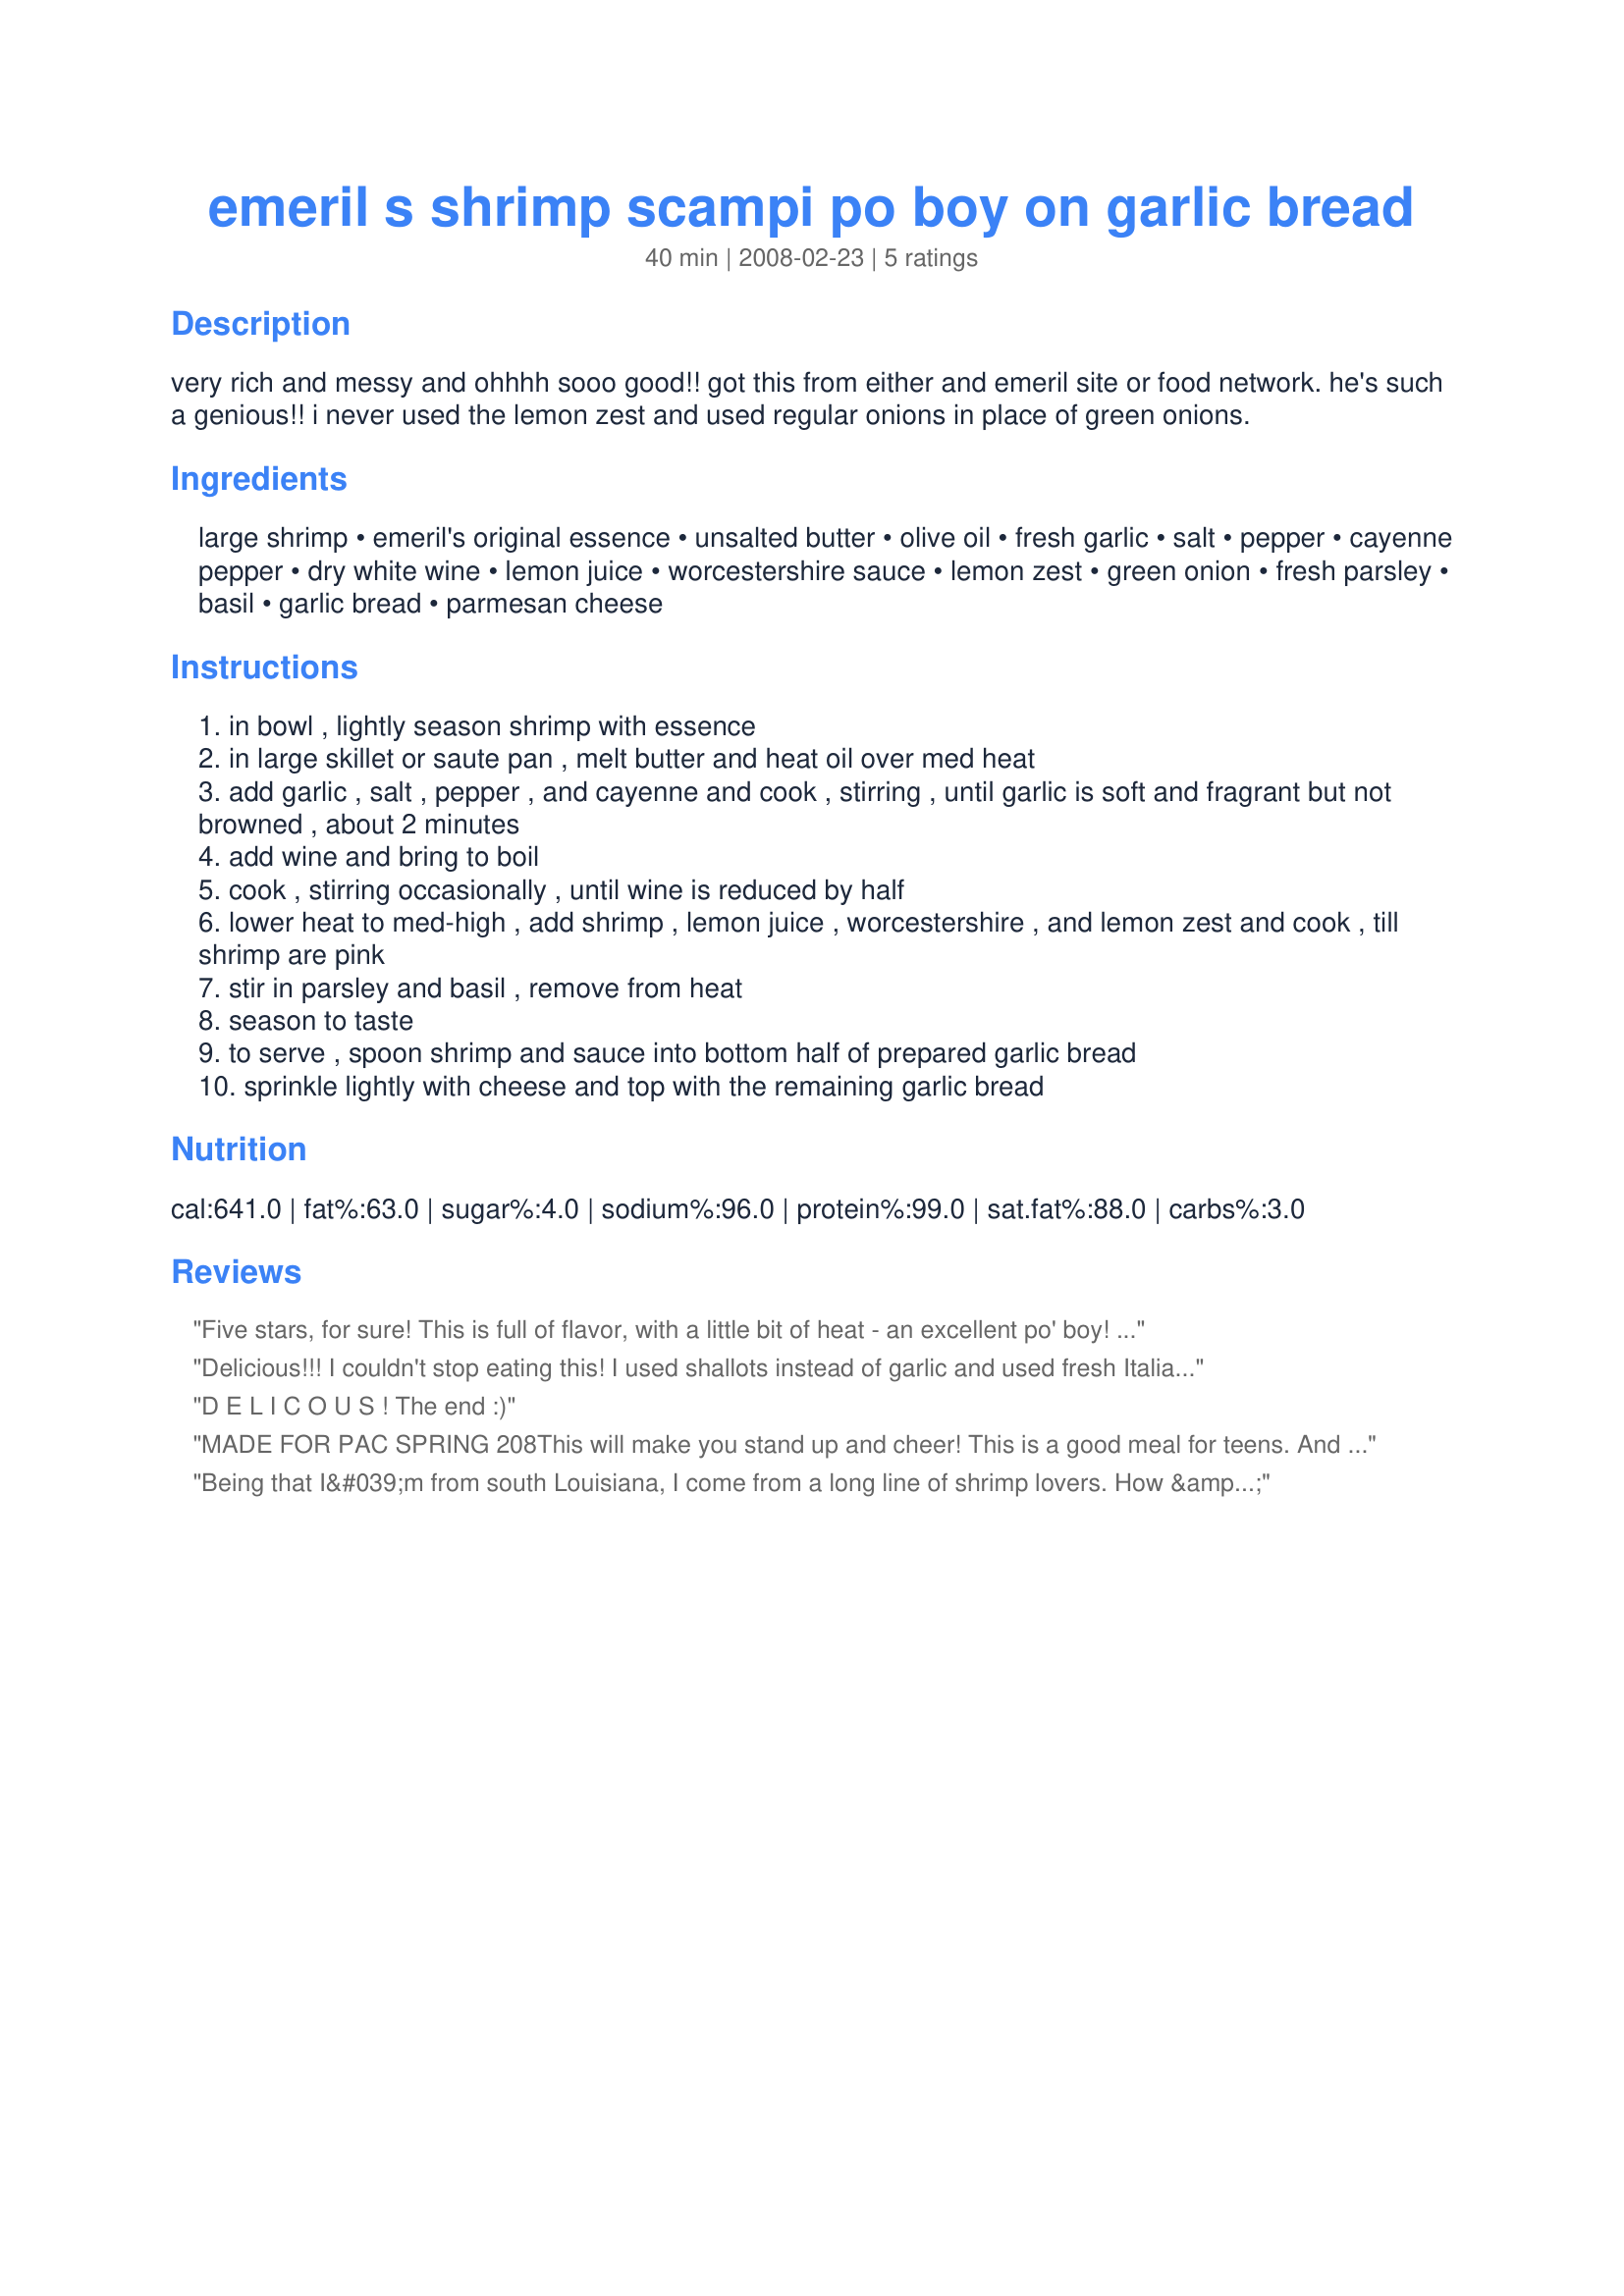
emeril s shrimp scampi po boy on garlic bread
Preparation time: 40 minutes

very rich and messy and ohhhh sooo good!! got this from either and emeril site or food network. he's such a genious!! i never used the lemon zest and used regular onions in place of green onions.

Ingredients:
large shrimp, emeril's original essence, unsalted butter, olive oil, fresh garlic, salt, pepper, cayenne pepper, dry white wine, lemon juice, worcestershire sauce, lemon zest, green onion, fresh parsley, basil, garlic bread, parmesan cheese

Steps:
in bowl , lightly season shrimp with essence
in large skillet or saute pan , melt butter and heat oil over med heat
add garlic , salt , pepper , and cayenne and cook , stirring , until garlic is soft and fragrant but not browned , about 2 minutes
add wine and bring to boil
cook , stirring occasionally , until wine is reduced by half
lower heat to med-high , add shrimp , lemon juice , worcestershire , and lemon zest and cook , till shrimp are pink
stir in parsley and basil , remove from heat
season to taste
to serve , spoon shrimp and sauce into bottom half of prepared garlic bread
sprinkle lightly with cheese and top with the remaining garlic bread

Reviews:
Five stars, for sure! This is full of flavor, with a little bit of heat - an excellent po' boy! I cut this recipe in half for two people, and I baked a Pillsbury french bread loaf to use for the sandwich rolls. I cut the loaf into three portions, and just used two for the recipe. I dipped the open sides in the sauce, then stuffed with the shrimp. We will do this again!
Delicious!!! I couldn't stop eating this! I used shallots instead of garlic and used fresh Italian bread instead of garlic bread and it was still finger-licking good. Made for PAC fall 08.
D E L I C O U S ! The end :)
MADE FOR PAC SPRING 208This will make you stand up and cheer! This is a good meal for teens. And yes it is messy, finger licking good. I was a bit confused whether to use on both halves and serve separatly or put together and then cut. I served separately and I also used green onions.
Being that I&#039;m from south Louisiana, I come from a long line of shrimp
lovers. How &#039;bout you? Don&#039;t know? Wait, let me check your family data base. None! Never too late...I can just feel your family&#039;s excitement building!
